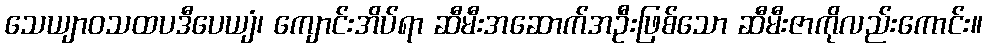
သေယျာဝသထပဒီပေယျံ၊ ကျောင်းအိပ်ရာ ဆီမီးအဆောက်အဦးဖြစ်သော ဆီမီးဇာကိုလည်းကောင်း။